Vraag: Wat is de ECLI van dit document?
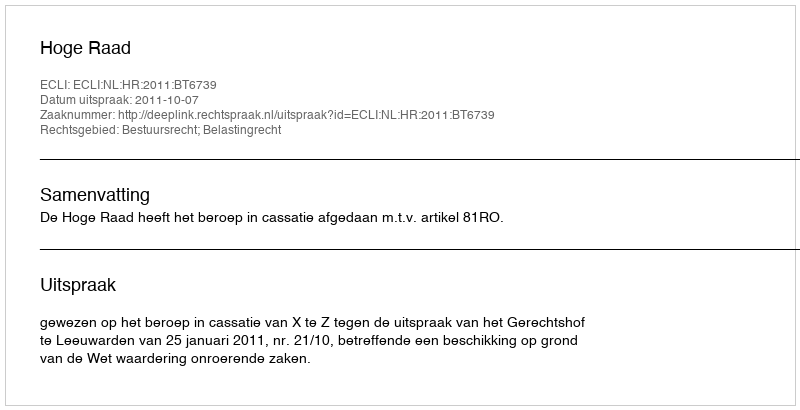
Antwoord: ECLI:NL:HR:2011:BT6739